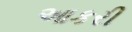
આકરી